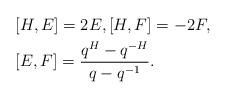
LaTeX: \begin{align*}&[H,E]=2E, [H,F]=-2F,\\ &[E, F] = \frac{q^{H} - q^{-H} }{q-q^{-1}} .\end{align*}